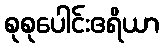
စုစုပေါင်းဧရိယာ